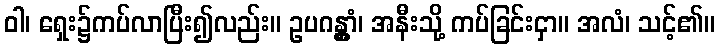
ဝါ၊ ရှေး၌ကပ်လာပြီး၍လည်း။ ဥပဂန္တွာံ၊ အနီးသို့ ကပ်ခြင်းငှာ။ အလံ၊ သင့်၏။